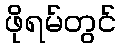
ဖိုရမ်တွင်